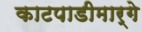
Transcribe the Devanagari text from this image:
काटपाडीमार्गे